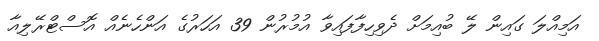
އަމިއްލަ ގައިން ލޭ ބުއިމަށް ދެވިހިފާފައިވާ އުމުރުން 39 އަހަރުގެ އަންހެނެއް އޮސްޓްރޭލިއާ